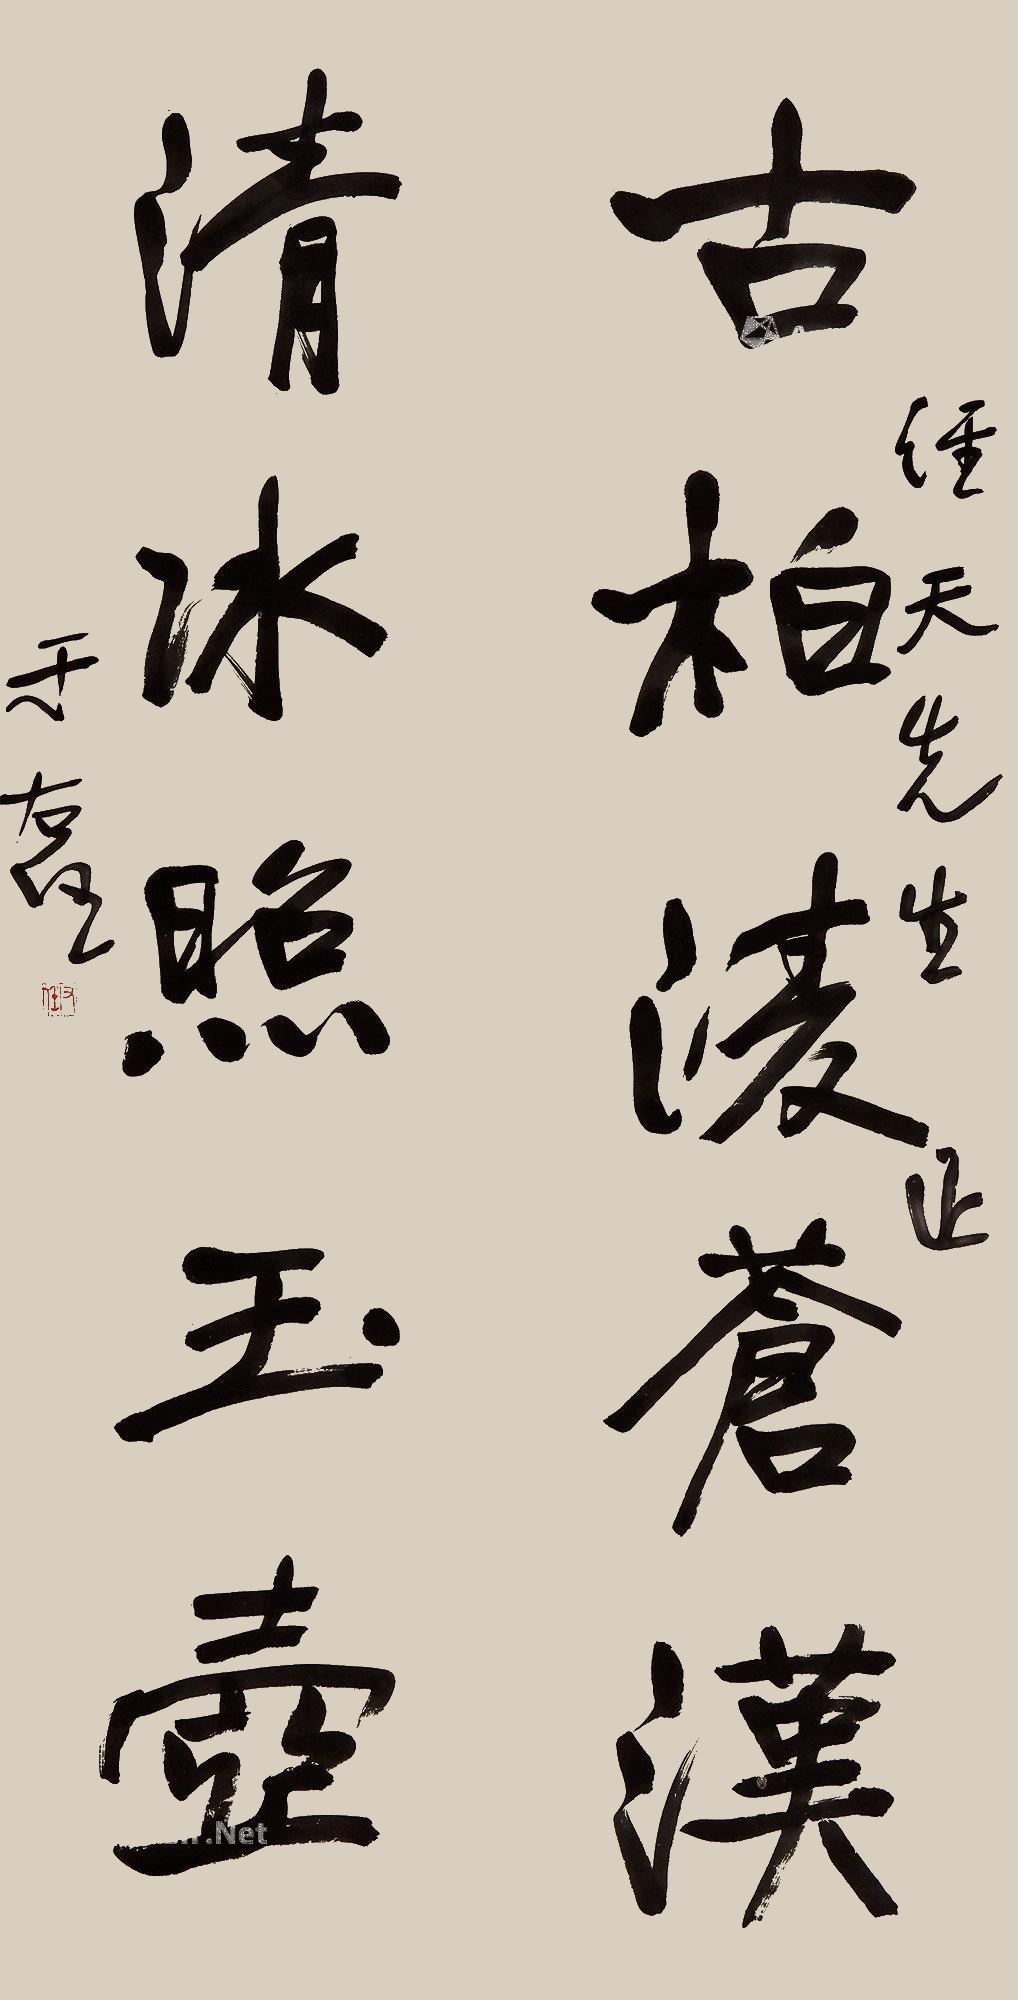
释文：古柏凌苍汉，清水照玉壶。经天先生正，于右任。